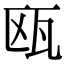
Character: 瓯